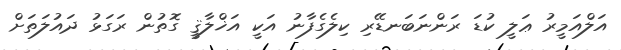
އަލްއަމީރު ޢަލީ ކުޑަ ރަންނަބަނޑޭރި ކިލެގެފާނު އަކީ އަޚްލާޤީ ގޮތުން ރަގަޅު ދައުލަތަށް